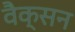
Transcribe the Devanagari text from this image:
वैक्सन